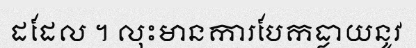
ដដែល ។ លុះមានការបែកធ្លាយនូវ